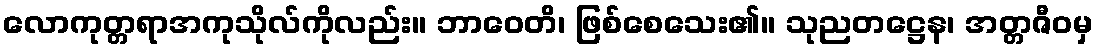
လောကုတ္တရာအကုသိုလ်ကိုလည်း။ ဘာဝေတိ၊ ဖြစ်စေသေး၏။ သုညတဋ္ဌေန၊ အတ္တဇီဝမှ